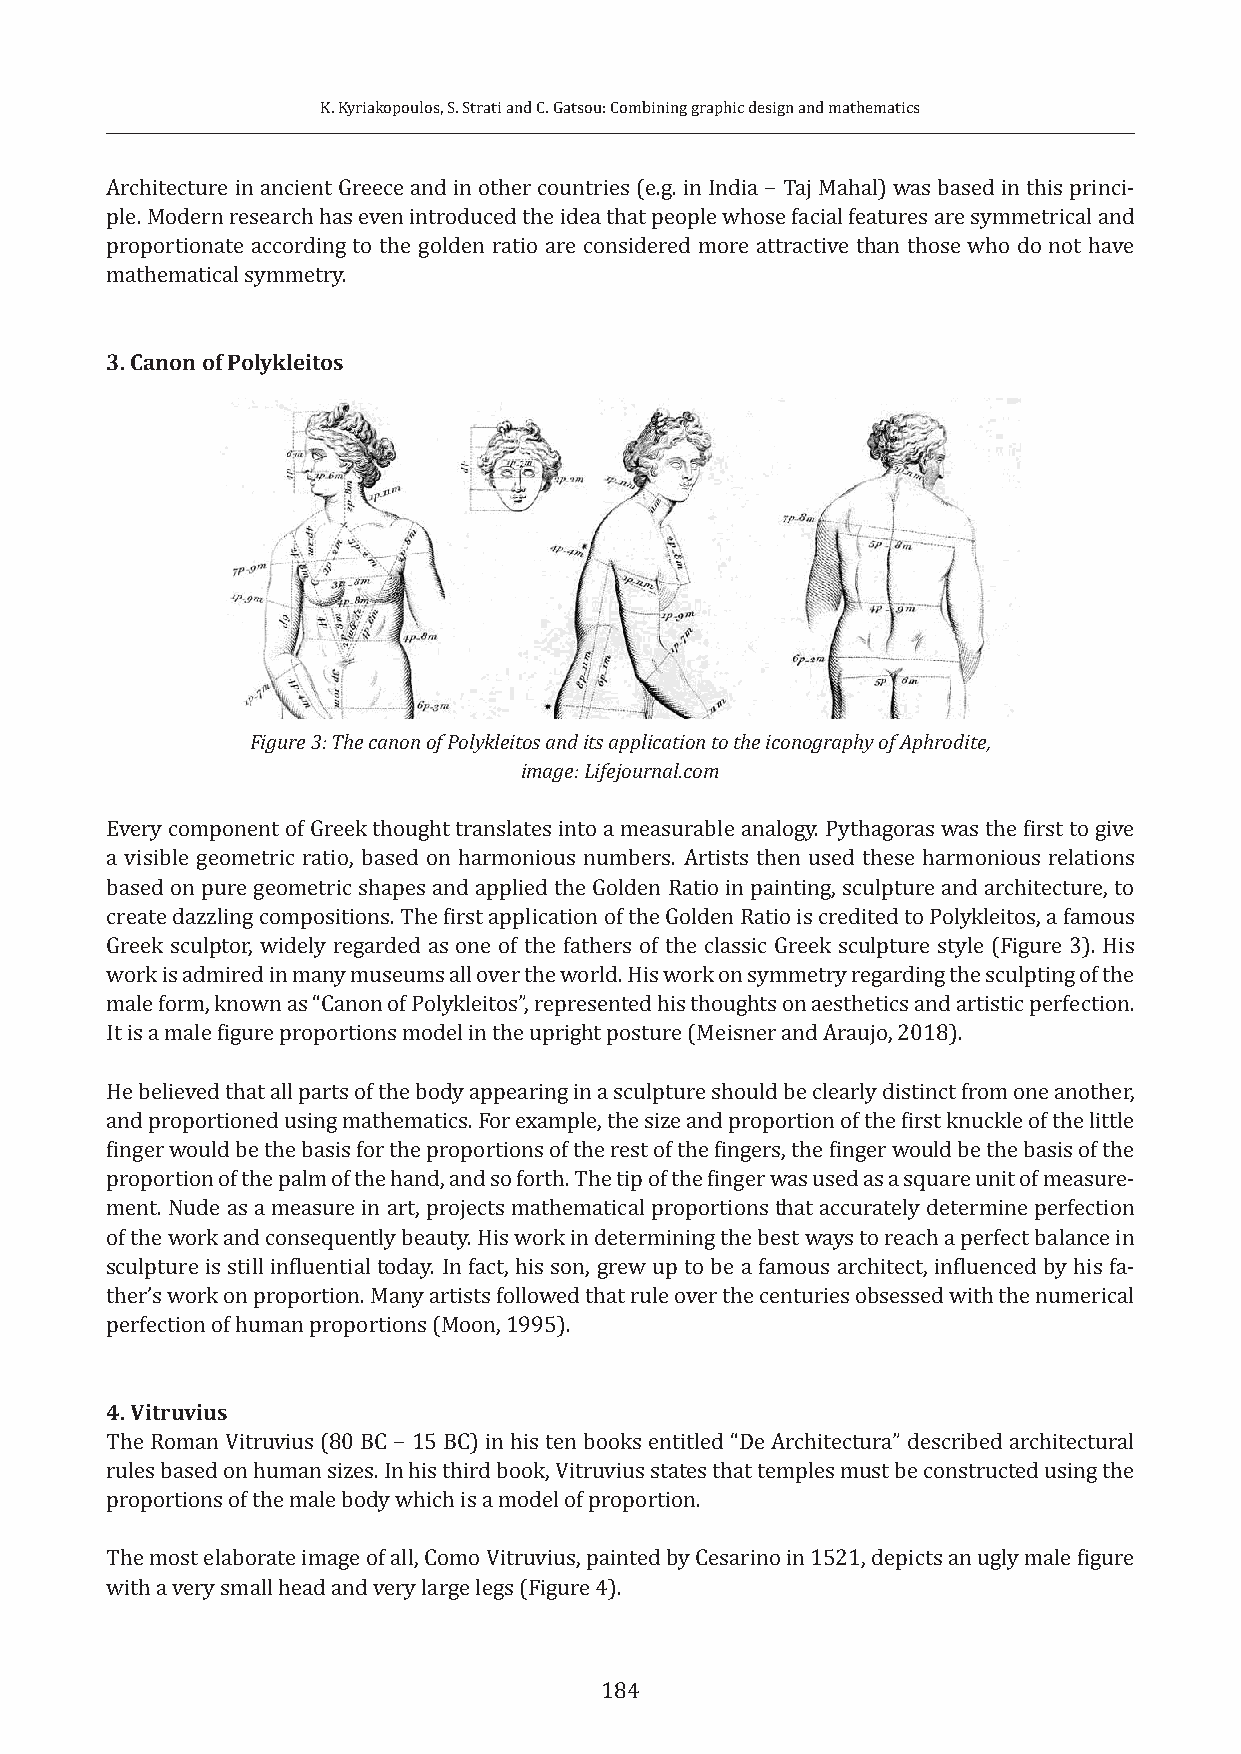
K. Kyriakopoulos, S. Strati and C. Gatsou: Combining graphic design and mathematics
 Architecture in ancient Greece and in other countries (e.g. in India − Taj Mahal) was based in this princi-
 ple. Modern research has even introduced the idea that people whose facial features are symmetrical and
 proportionate according to the golden ratio are considered more attractive than those who do not have
 mathematical symmetry.
 3. Canon of Polykleitos
 Figure 3: The canon of Polykleitos and its application to the iconography of Aphrodite,
 image: Lifejournal.com
 Every component of Greek thought translates into a measurable analogy. Pythagoras was the first to give
 a visible geometric ratio, based on harmonious numbers. Artists then used these harmonious relations
 based on pure geometric shapes and applied the Golden Ratio in painting, sculpture and architecture, to
 create dazzling compositions. The first application of the Golden Ratio is credited to Polykleitos, a famous
 Greek sculptor, widely regarded as one of the fathers of the classic Greek sculpture style (Figure 3). His
 work is admired in many museums all over the world. His work on symmetry regarding the sculpting of the
 male form, known as “Canon of Polykleitos”, represented his thoughts on aesthetics and artistic perfection.
 It is a male figure proportions model in the upright posture (Meisner and Araujo, 2018).
 He believed that all parts of the body appearing in a sculpture should be clearly distinct from one another,
 and proportioned using mathematics. For example, the size and proportion of the first knuckle of the little
 finger would be the basis for the proportions of the rest of the fingers, the finger would be the basis of the
 proportion of the palm of the hand, and so forth. The tip of the finger was used as a square unit of measure-
 ment. Nude as a measure in art, projects mathematical proportions that accurately determine perfection
 of the work and consequently beauty. His work in determining the best ways to reach a perfect balance in
 sculpture is still influential today. In fact, his son, grew up to be a famous architect, influenced by his fa-
 ther’s work on proportion. Many artists followed that rule over the centuries obsessed with the numerical
 perfection of human proportions (Moon, 1995).
 4. Vitruvius
 The Roman Vitruvius (80 BC − 15 BC) in his ten books entitled “De Architectura” described architectural
 rules based on human sizes. In his third book, Vitruvius states that temples must be constructed using the
 proportions of the male body which is a model of proportion.
 The most elaborate image of all, Como Vitruvius, painted by Cesarino in 1521, depicts an ugly male figure
 with a very small head and very large legs (Figure 4).
 184